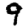
Digit: 9